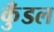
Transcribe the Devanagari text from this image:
कुँडल